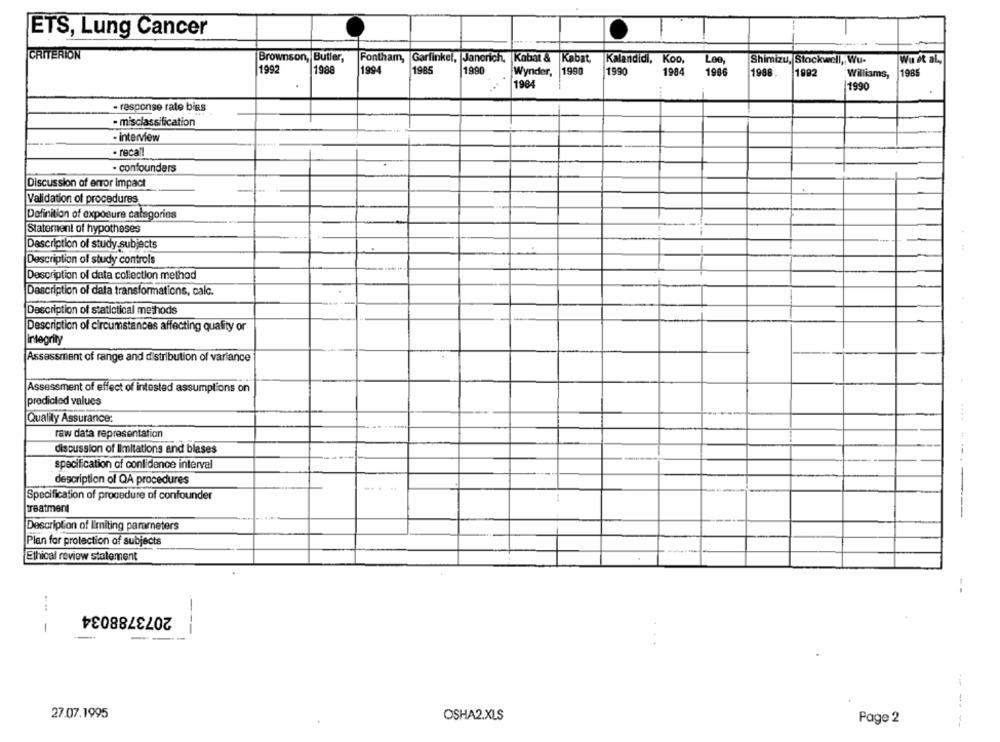
ETS, Lung Cancer
CRITERION
Brownson, Butler,
Fontham, Garfinkel, Janerich,
Kobat & Købat,
Kalandidi, Koo,
Shimizu, Stockwell, Wu-
Wu et al .,
Loo,
1992
1988
1994
1985
1990
Wynder,
1990
1990
1984
1986
1988.
1982
Williams,
1985
1984
1990
- response rate bins
- misclassification
- interview
· recall
. confounders
Discussion of error impact
Validation of procedures
Definition of exposure categories
Statement of hypotheses
Description of study subjects
Description of study controls
Description of data collection method
Description of data transformations, calc.
Description of statistical methods
Description of circumstances affecting quality or
integrity
Assessment of range and distribution of variance
Assessment of effect of intested assumptions on
predicted values
Quality Assurance:
raw data representation
discussion of limitations and blases
specification of confidence interval
description of QA procedures
Specification of procedure of confounder
treatment
Description of limiting parameters
Plan for protection of subjects
Ethical review statement
- -
2073788034
1
---
--
27.07.1995
OSHA2.XLS
Page 2
---- --